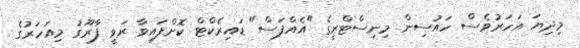
މިދިޔަ އަހަރުވެސް ހައުސިން މިނިސްޓްރީގެ "އެއްފަސް" ޑައިރެކްޓް ކޮށްފައިވާ ރަވީ ފާރޫގު މިއަހަރުގެ